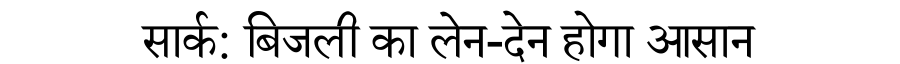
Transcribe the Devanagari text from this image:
सार्क: बिजली का लेन-देन होगा आसान